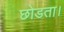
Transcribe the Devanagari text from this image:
छोडता।